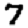
Digit: 7